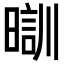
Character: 𣉤